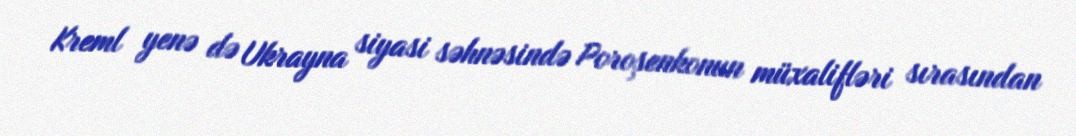
Kreml yenə də Ukrayna siyasi səhnəsində Poroşenkonun müxalifləri sırasından